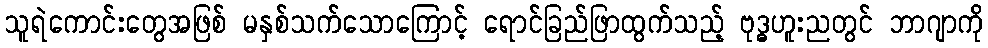
သူရဲကောင်းတွေအဖြစ် မနှစ်သက်သောကြောင့် ရောင်ခြည်ဖြာထွက်သည့် ဗုဒ္ဓဟူးညတွင် ဘာဂျာကို